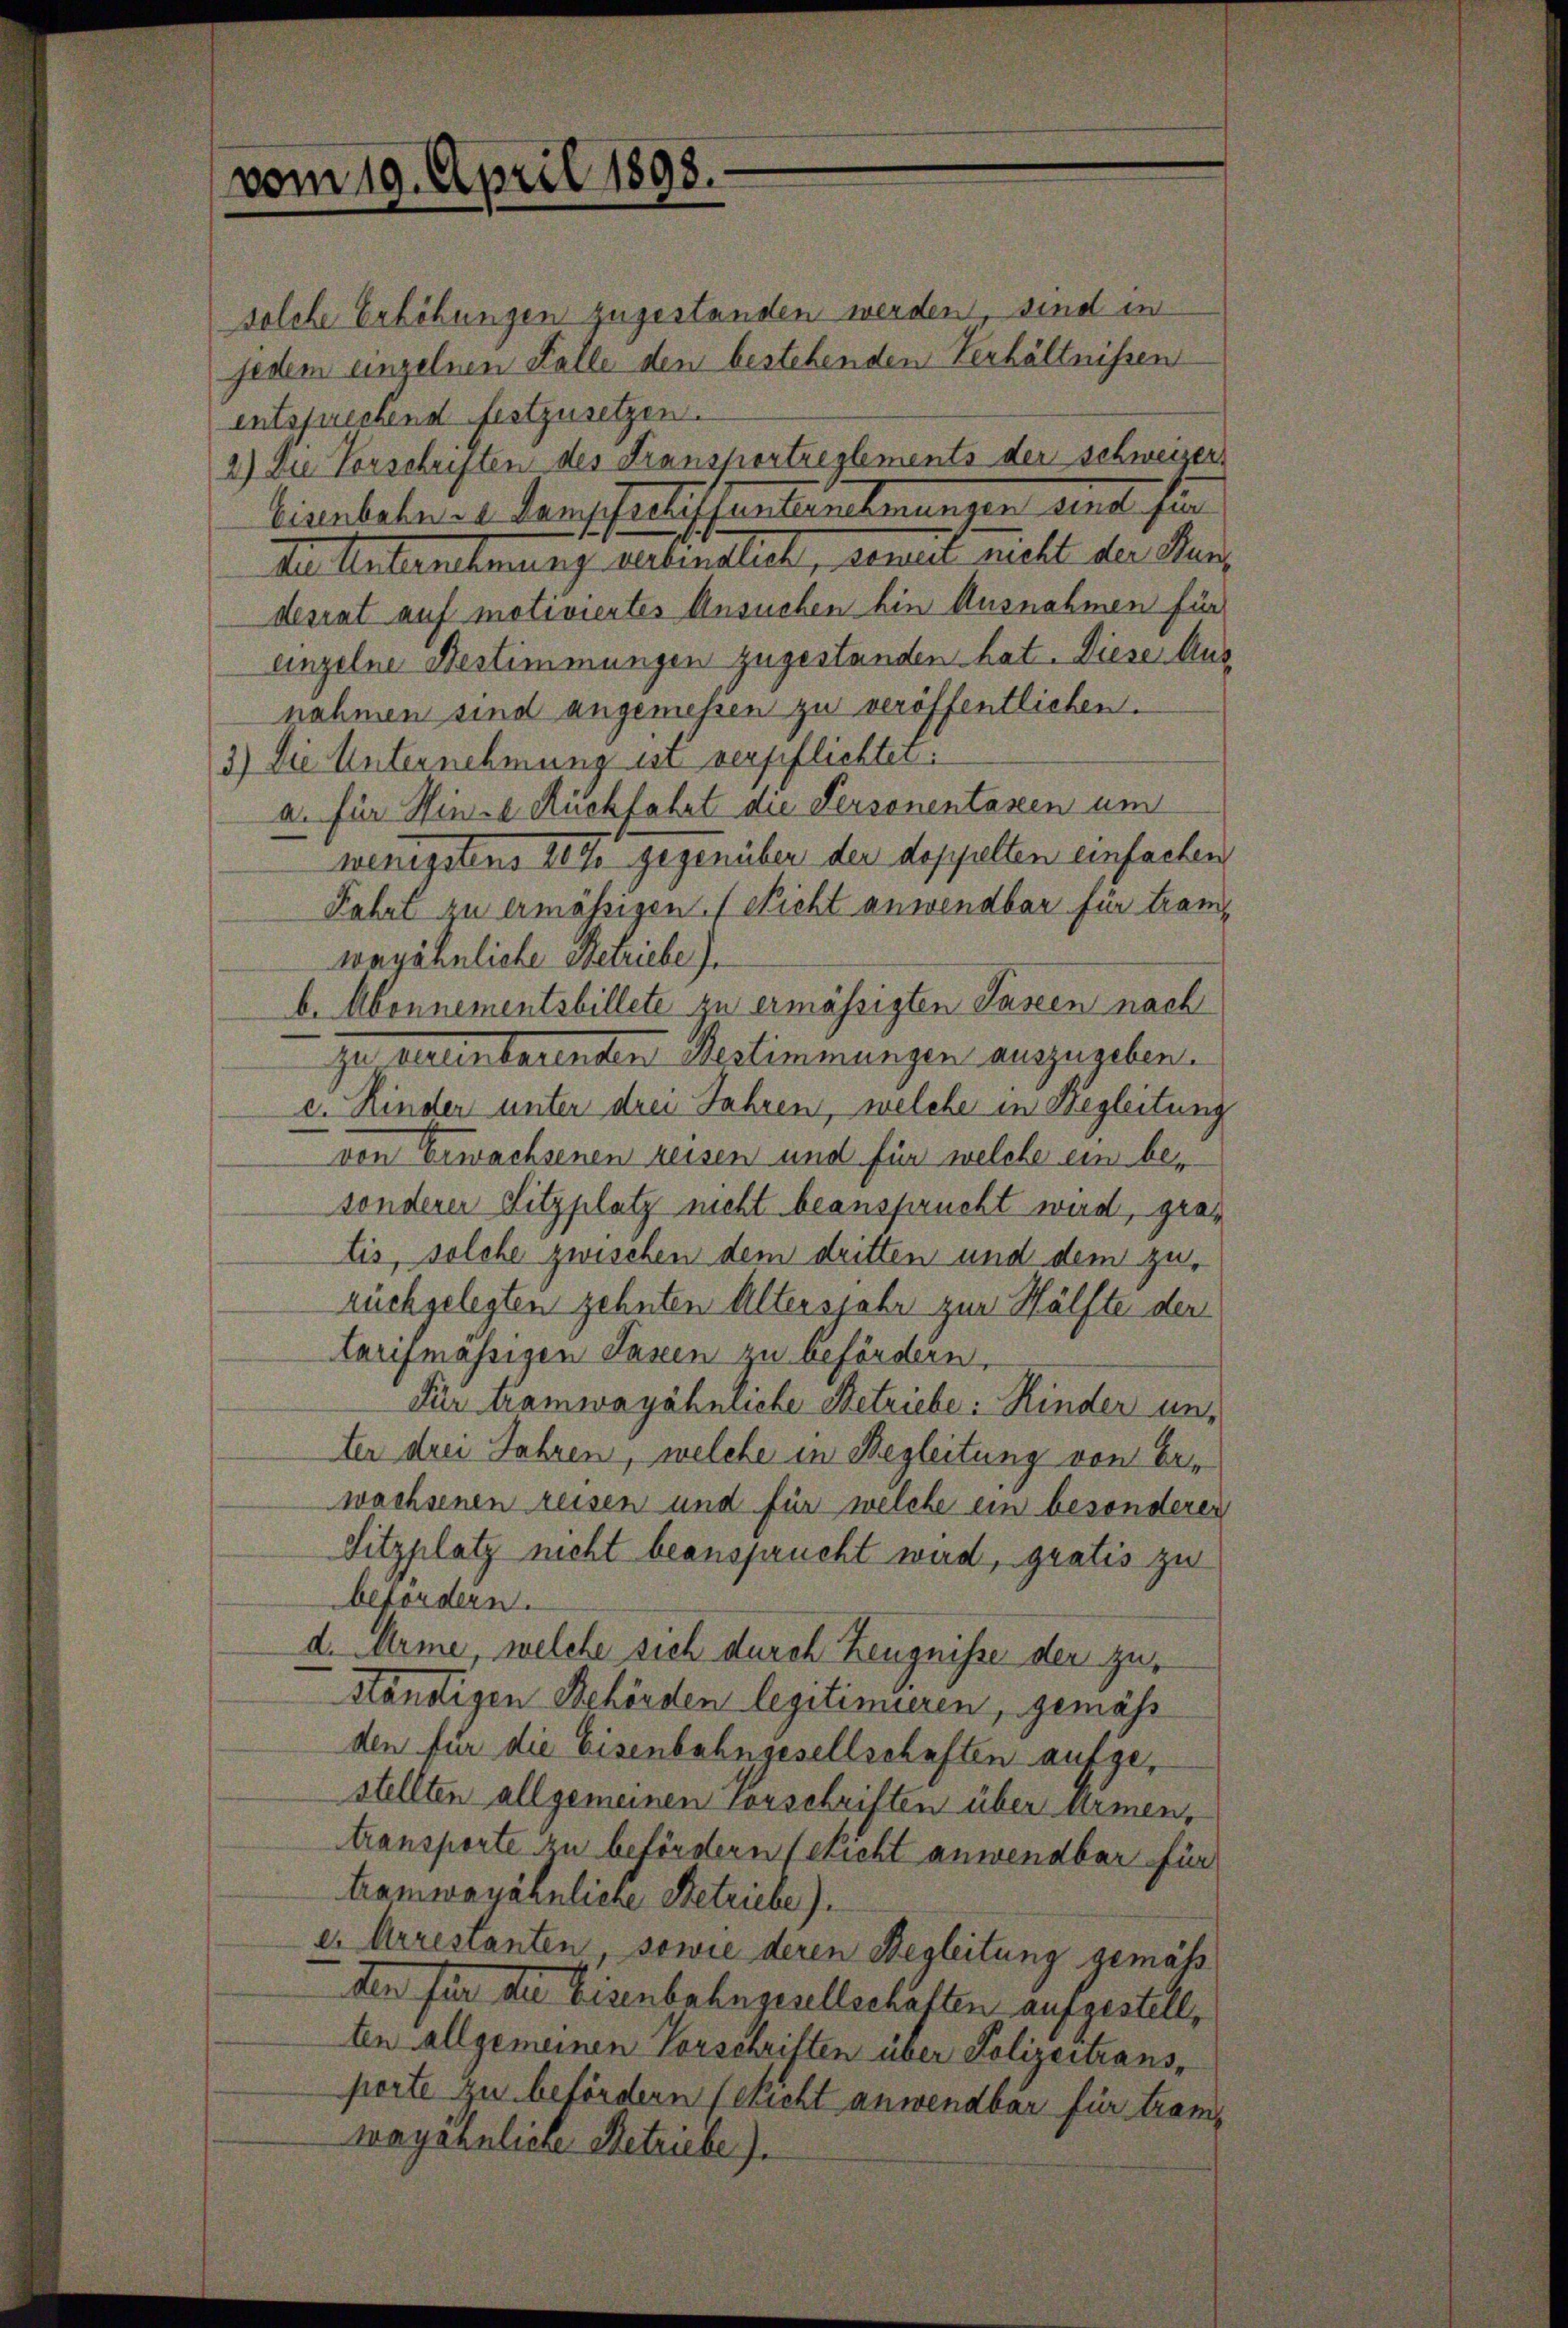
solche Erhöhungen zugestanden werden, sind in
jedem einzelnen Falle den bestehenden Verhältnissen
entsprechend festzusetzen.
2) die Vorschriften des Fransportreglements der schweizer
tienbahres Conschartissantenberungen, sind sie
Die Unternehmung verbindlich, soweit nicht der Kandesrat auf motiviertes Ansuchen hin Ausnahmen für
einzelne Bestimmungen zugestanden hat. Diese Aus
nahmen sind angemessen zu veröffentlichen.
3) Die Unternehmung ist verpflichtet:
a. für Hinde Rückfahrt die Personentassen um
wenigstens 20 J. gegenüber der doppelten einfachen
Fahrt zu ermässigen. (Nicht anwendbar für tranwagähnliche Betriebe
b. Abonnementsbillete zu ermässigten Lassen nach
zu allenbarenten Restimmungen auszugeben.
c. Kinder unter drei Jahren, welche in Begleitung
von Erwachsenen reisen und für welche ein besonderer Sitzplatz nicht beansprucht wird, grotis, solche zwischen dem dritten und dem zurückgelegten zehnten Altersjahr zur Hälfte der
larymässigen Taxen zu befördern.
Für tramwayöhnliche Betriebe: Kinder unter drei Jahren, welche in Begleitung von Erwachsenen reisen und für welche ein besonderer
Sitzplatz nicht beansprucht wird, gratis zu
befordern.
d. Arme, welche sich durch Zeugnisse der zuständigen Behörden legitimieren, gemäss
den für die Eisenbahngesellschaften aufgestellten allgemeinen Vorschriften über Armen,
transporte zu befördern Gericht anwendbar für
tramwayähnliche Betriebe).
e: Arrestanten, sowie deren Begleitung gemäss
den für die Eisenbahngesellschäften aufgestell,
ten allgemeinen Vorschriften über Polizeitransporte zu befördern (nicht anwendbar für tramp
wayöhnliche Betriebe).

vom 19. April 1898.